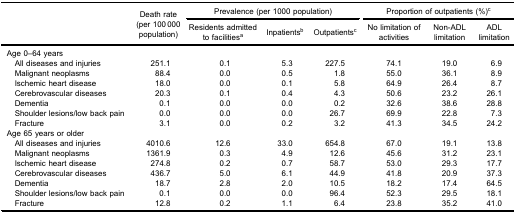
<table><thead><tr><td rowspan="5"><b> </b></td><td rowspan="5"><b>Death rate(per 100 000population)</b></td><td colspan="3"><b>Prevalence (per 1000 population)</b></td><td colspan="3"><b>Proportion of outpatients (%)<sup>c</sup></b></td></tr><tr><td><b>Residents admittedto facilities<sup>a</sup></b></td><td><b>Inpatients<sup>b</sup></b></td><td><b>Outpatients<sup>c</sup></b></td><td><b>No limitation ofactivities</b></td><td><b>Non-ADLlimitation</b></td><td><b>ADLlimitation</b></td></tr></thead><tbody><tr><td>Age 0–64 years</td><td> </td><td> </td><td> </td><td> </td><td> </td><td> </td><td> </td></tr><tr><td> All diseases and injuries</td><td>251.1</td><td>0.1</td><td>5.3</td><td>227.5</td><td>74.1</td><td>19.0</td><td>6.9</td></tr><tr><td> Malignant neoplasms</td><td>88.4</td><td>0.0</td><td>0.5</td><td>1.8</td><td>55.0</td><td>36.1</td><td>8.9</td></tr><tr><td> Ischemic heart disease</td><td>18.0</td><td>0.0</td><td>0.1</td><td>5.8</td><td>64.9</td><td>26.4</td><td>8.7</td></tr><tr><td> Cerebrovascular diseases</td><td>20.3</td><td>0.1</td><td>0.4</td><td>4.3</td><td>50.6</td><td>23.2</td><td>26.1</td></tr><tr><td> Dementia</td><td>0.1</td><td>0.0</td><td>0.0</td><td>0.2</td><td>32.6</td><td>38.6</td><td>28.8</td></tr><tr><td> Shoulder lesions/low back pain</td><td>0.0</td><td>0.0</td><td>0.0</td><td>26.7</td><td>69.9</td><td>22.8</td><td>7.3</td></tr><tr><td> Fracture</td><td>3.1</td><td>0.0</td><td>0.2</td><td>3.2</td><td>41.3</td><td>34.5</td><td>24.2</td></tr><tr><td>Age 65 years or older</td><td> </td><td> </td><td> </td><td> </td><td> </td><td> </td><td> </td></tr><tr><td> All diseases and injuries</td><td>4010.6</td><td>12.6</td><td>33.0</td><td>654.8</td><td>67.0</td><td>19.1</td><td>13.8</td></tr><tr><td> Malignant neoplasms</td><td>1361.9</td><td>0.3</td><td>4.9</td><td>12.6</td><td>45.6</td><td>31.2</td><td>23.1</td></tr><tr><td> Ischemic heart disease</td><td>274.8</td><td>0.2</td><td>0.7</td><td>58.7</td><td>53.0</td><td>29.3</td><td>17.7</td></tr><tr><td> Cerebrovascular diseases</td><td>436.7</td><td>5.0</td><td>6.1</td><td>44.9</td><td>41.8</td><td>20.9</td><td>37.3</td></tr><tr><td> Dementia</td><td>18.7</td><td>2.8</td><td>2.0</td><td>10.5</td><td>18.2</td><td>17.4</td><td>64.5</td></tr><tr><td> Shoulder lesions/low back pain</td><td>0.1</td><td>0.0</td><td>0.0</td><td>96.4</td><td>52.3</td><td>29.5</td><td>18.1</td></tr><tr><td> Fracture</td><td>12.8</td><td>0.2</td><td>1.1</td><td>6.4</td><td>23.8</td><td>35.2</td><td>41.0</td></tr></tbody></table>